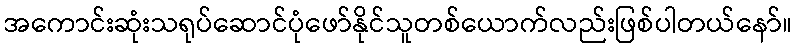
အကောင်းဆုံးသရုပ်ဆောင်ပုံဖော်နိုင်သူတစ်ယောက်လည်းဖြစ်ပါတယ်နော်။